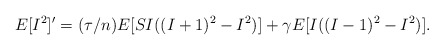
\begin{align*}E[I^2]'=(\tau/n)E[SI((I+1)^2-I^2)]+\gamma E[I((I-1)^2-I^2)].\end{align*}